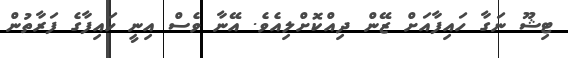
ޓިޝޫ ނަގާ ހައިފާއަށް ޒޭން ދިއްކޮށްލިއެވެ. އޭނާ ވެސް އިނީ ހައިފާގެ ފަރާތުން